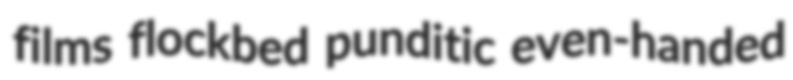
films flockbed punditic even-handed